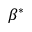
\beta ^ { * }